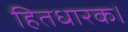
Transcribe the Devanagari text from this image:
हितधारक।